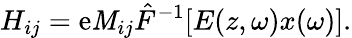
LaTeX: H_{ij}=\mathrm{e}\mathit{M}_{ij}\hat{{F}}^{-1}[E(z,\omega)x(\omega)].